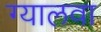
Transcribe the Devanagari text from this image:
ग्यालवा